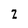
Character: Z